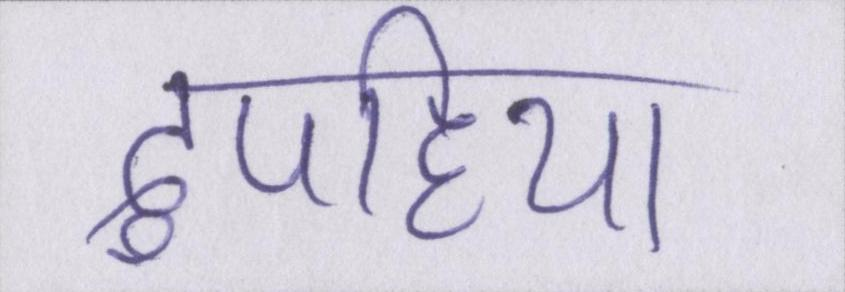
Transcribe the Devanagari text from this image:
दुपहिया